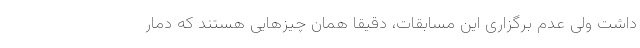
داشت ولی عدم برگزاری این مسابقات، دقیقاً همان چیزهایی هستند که دمار